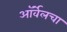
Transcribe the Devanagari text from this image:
ऑर्वेलचा